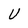
Character: u